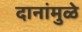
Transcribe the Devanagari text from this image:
दानांमुळे